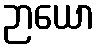
ဉာယော